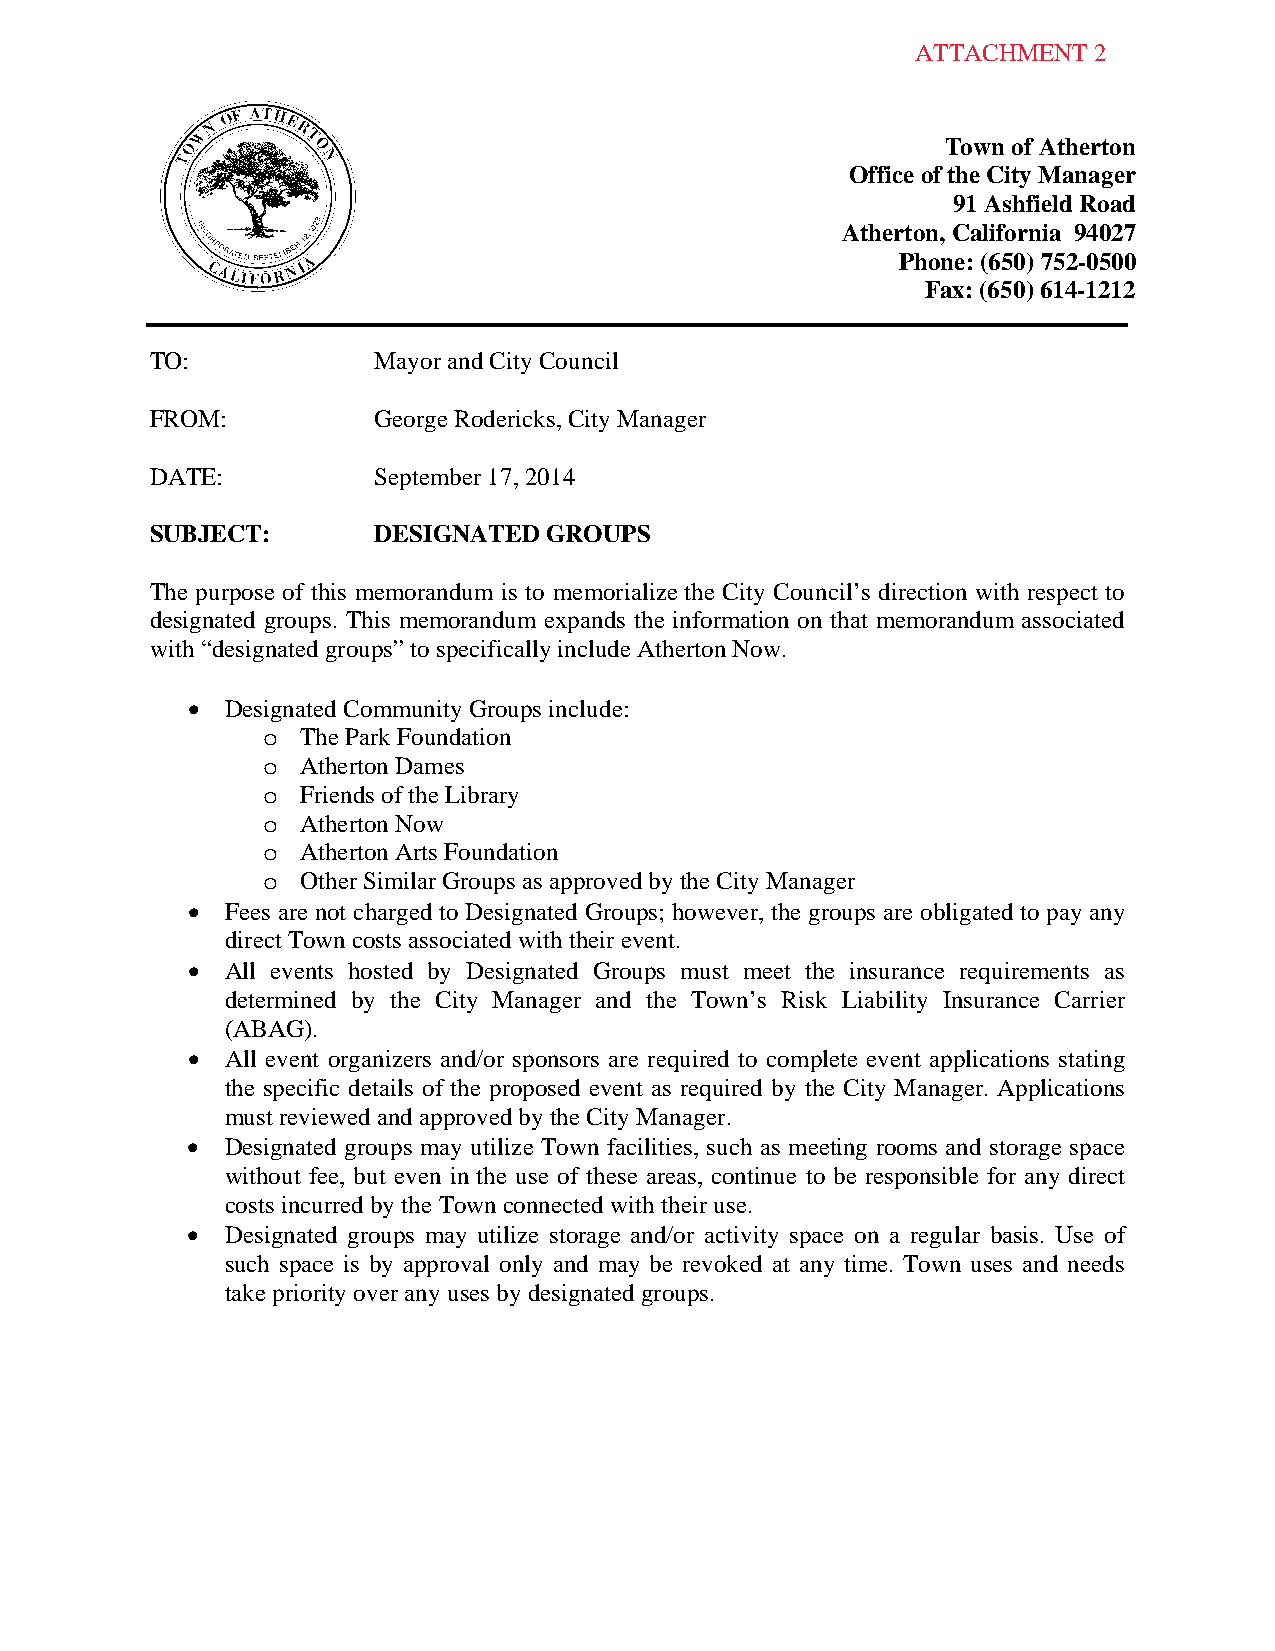
Town of Atherton
 Office of the City Manager
 91 Ashfield Road
 Atherton, California 94027
 Phone: (650) 752-0500
 Fax: (650) 614-1212
 TO:            Mayor and City Council
 FROM:          George Rodericks, City Manager
 DATE:          September 17, 2014
 SUBJECT:       DESIGNATED GROUPS
 The purpose of this memorandum is to memorialize the City Council’s direction with respect to
 designated groups. This memorandum expands the information on that memorandum associated
 with “designated groups” to specifically include Atherton Now.
   Designated Community Groups include:
 o  The Park Foundation
 o  Atherton Dames
 o  Friends of the Library
 o  Atherton Now
 o  Atherton Arts Foundation
 o  Other Similar Groups as approved by the City Manager
   Fees are not charged to Designated Groups; however, the groups are obligated to pay any
 direct Town costs associated with their event.
   All events hosted by Designated Groups must meet the insurance requirements as
 determined by the City Manager and the Town’s Risk Liability Insurance Carrier
 (ABAG).
   All event organizers and/or sponsors are required to complete event applications stating
 the specific details of the proposed event as required by the City Manager. Applications
 must reviewed and approved by the City Manager.
   Designated groups may utilize Town facilities, such as meeting rooms and storage space
 without fee, but even in the use of these areas, continue to be responsible for any direct
 costs incurred by the Town connected with their use.
   Designated groups may utilize storage and/or activity space on a regular basis. Use of
 such space is by approval only and may be revoked at any time. Town uses and needs
 take priority over any uses by designated groups.